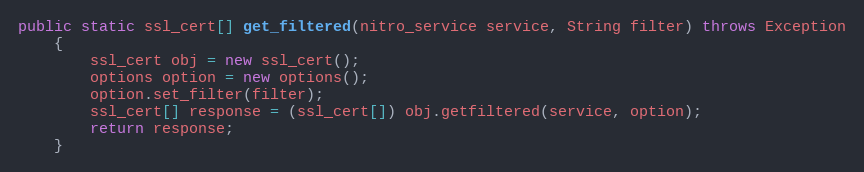
Language: Java
public static ssl_cert[] get_filtered(nitro_service service, String filter) throws Exception
	{
		ssl_cert obj = new ssl_cert();
		options option = new options();
		option.set_filter(filter);
		ssl_cert[] response = (ssl_cert[]) obj.getfiltered(service, option);
		return response;
	}